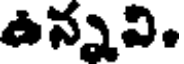
ఉన్నవి.